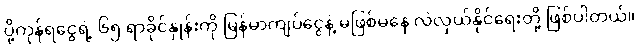
ပို့ကုန်ရငွေရဲ့ ၆၅ ရာခိုင်နှုန်းကို မြန်မာကျပ်ငွေနဲ့ မဖြစ်မနေ လဲလှယ်နိုင်ရေးတို့ ဖြစ်ပါတယ်။